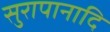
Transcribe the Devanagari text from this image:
सुरापानादि